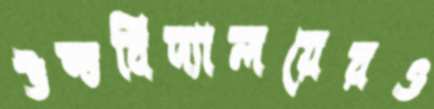
উচ্চবিদ্যালয়েরও